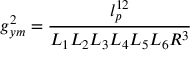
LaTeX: g _ { y m } ^ { 2 } = \frac { l _ { p } ^ { 1 2 } } { L _ { 1 } L _ { 2 } L _ { 3 } L _ { 4 } L _ { 5 } L _ { 6 } R ^ { 3 } }